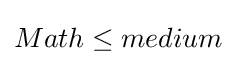
Math\leq medium